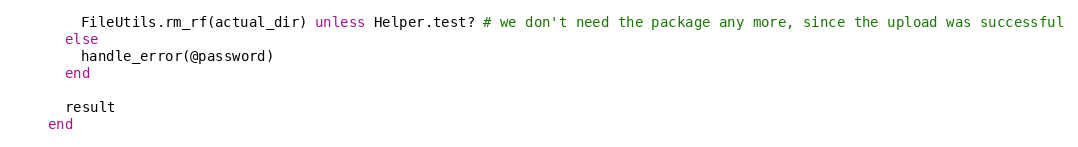
Language: Ruby
        FileUtils.rm_rf(actual_dir) unless Helper.test? # we don't need the package any more, since the upload was successful
      else
        handle_error(@password)
      end

      result
    end